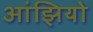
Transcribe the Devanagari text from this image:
आंझियो